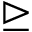
\trianglerighteq